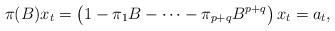
LaTeX: \begin{align*}\pi(B) x_t=\left(1-\pi_1 B- \cdots-\pi_{p+q}B^{p+q}\right)x_t=a_t,\end{align*}